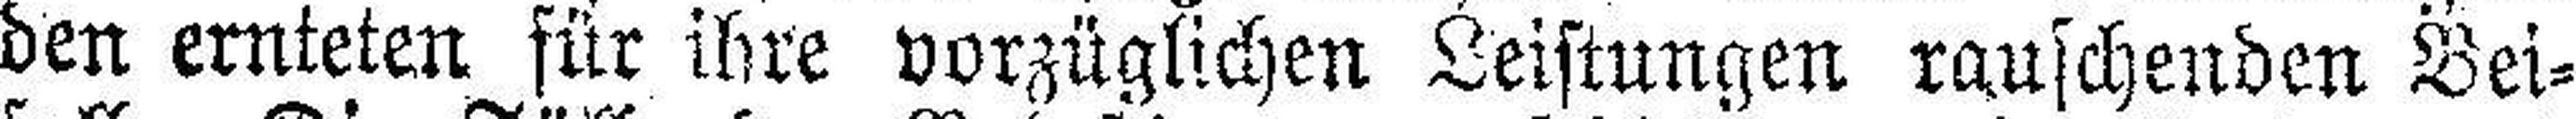
den ernteten für ihre vorzüglichen Leistungen rauschenden Bei¬